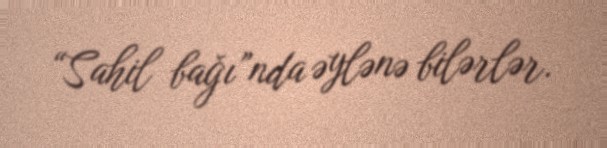
“Sahil bağı”nda əylənə bilərlər.